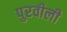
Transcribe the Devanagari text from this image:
पुरवीली